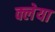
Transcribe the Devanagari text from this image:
क्लेया